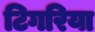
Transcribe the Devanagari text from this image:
टिगरिया